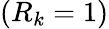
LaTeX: (R_{k}=1)